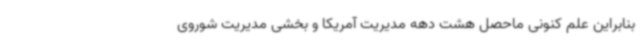
بنابراین علم کنونی ماحصل هشت دهه مدیریت آمریکا و بخشی مدیریت شوروی